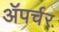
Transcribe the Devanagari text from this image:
ॲपर्चर